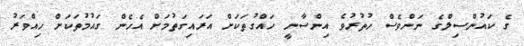
ގެ ކައުންސިލްގެ ނަންވެސް ހުތުރުވެ އިންސާނީ ހައްގުތަކަށް އަރައިގަތުމަށް އެހެން ގައުމުތަކަށް ހިއްވަރު